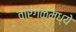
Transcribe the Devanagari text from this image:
वारंगळमध्ये